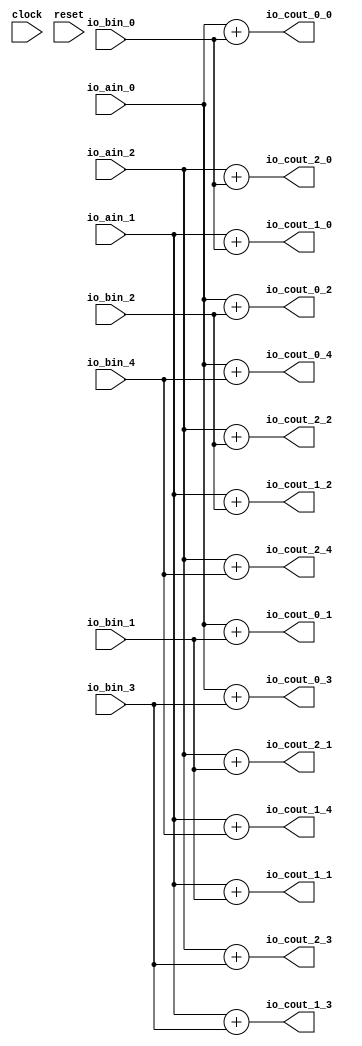
module SystolicArray(
  input         clock,
  input         reset,
  input  [31:0] io_ain_0,
  input  [31:0] io_ain_1,
  input  [31:0] io_ain_2,
  input  [31:0] io_bin_0,
  input  [31:0] io_bin_1,
  input  [31:0] io_bin_2,
  input  [31:0] io_bin_3,
  input  [31:0] io_bin_4,
  output [31:0] io_cout_0_0,
  output [31:0] io_cout_0_1,
  output [31:0] io_cout_0_2,
  output [31:0] io_cout_0_3,
  output [31:0] io_cout_0_4,
  output [31:0] io_cout_1_0,
  output [31:0] io_cout_1_1,
  output [31:0] io_cout_1_2,
  output [31:0] io_cout_1_3,
  output [31:0] io_cout_1_4,
  output [31:0] io_cout_2_0,
  output [31:0] io_cout_2_1,
  output [31:0] io_cout_2_2,
  output [31:0] io_cout_2_3,
  output [31:0] io_cout_2_4
);
  assign io_cout_0_0 = io_ain_0 + io_bin_0; // @[systolic_array.scala 13:39]
  assign io_cout_0_1 = io_ain_0 + io_bin_1; // @[systolic_array.scala 13:39]
  assign io_cout_0_2 = io_ain_0 + io_bin_2; // @[systolic_array.scala 13:39]
  assign io_cout_0_3 = io_ain_0 + io_bin_3; // @[systolic_array.scala 13:39]
  assign io_cout_0_4 = io_ain_0 + io_bin_4; // @[systolic_array.scala 13:39]
  assign io_cout_1_0 = io_ain_1 + io_bin_0; // @[systolic_array.scala 13:39]
  assign io_cout_1_1 = io_ain_1 + io_bin_1; // @[systolic_array.scala 13:39]
  assign io_cout_1_2 = io_ain_1 + io_bin_2; // @[systolic_array.scala 13:39]
  assign io_cout_1_3 = io_ain_1 + io_bin_3; // @[systolic_array.scala 13:39]
  assign io_cout_1_4 = io_ain_1 + io_bin_4; // @[systolic_array.scala 13:39]
  assign io_cout_2_0 = io_ain_2 + io_bin_0; // @[systolic_array.scala 13:39]
  assign io_cout_2_1 = io_ain_2 + io_bin_1; // @[systolic_array.scala 13:39]
  assign io_cout_2_2 = io_ain_2 + io_bin_2; // @[systolic_array.scala 13:39]
  assign io_cout_2_3 = io_ain_2 + io_bin_3; // @[systolic_array.scala 13:39]
  assign io_cout_2_4 = io_ain_2 + io_bin_4; // @[systolic_array.scala 13:39]
endmodule